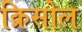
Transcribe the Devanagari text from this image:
क्रिसोल